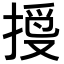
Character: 𢱄